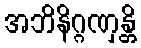
အဘိနိဂ္ဂဏှန္တိ